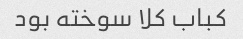
کباب کلا سوخته بود